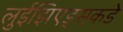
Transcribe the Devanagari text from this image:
लुईझिएड्सकडे